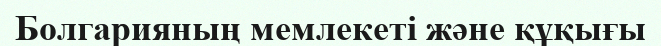
Болгарияның мемлекеті және құқығы